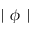
\mid \phi \mid